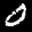
Label: 0